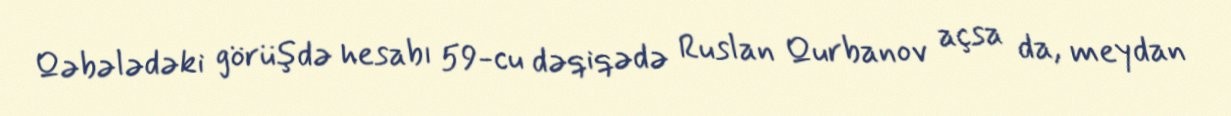
Qəbələdəki görüşdə hesabı 59-cu dəqiqədə Ruslan Qurbanov açsa da, meydan